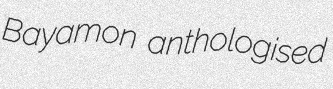
Bayamon anthologised